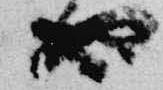
也